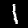
Label: 1